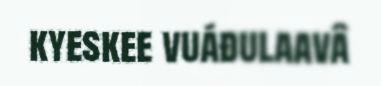
kyeskee vuáđulaavâ